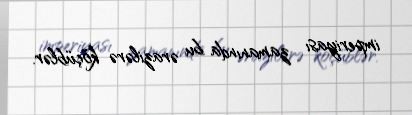
imperiyası zamanında bu ərazilərə köçüblər.